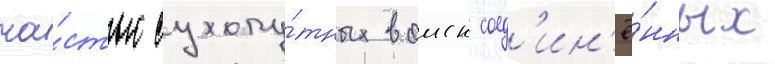
ча́стью сухопу́тных воиск соед'ин'ё́нных